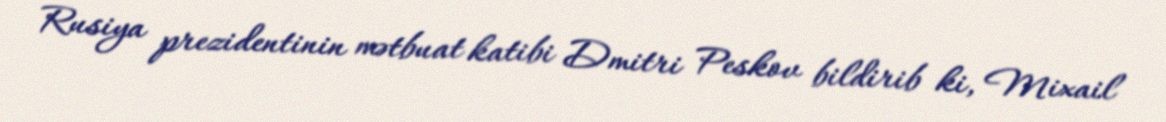
Rusiya prezidentinin mətbuat katibi Dmitri Peskov bildirib ki, Mixail